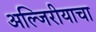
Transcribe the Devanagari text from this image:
अल्जिरीयाचा